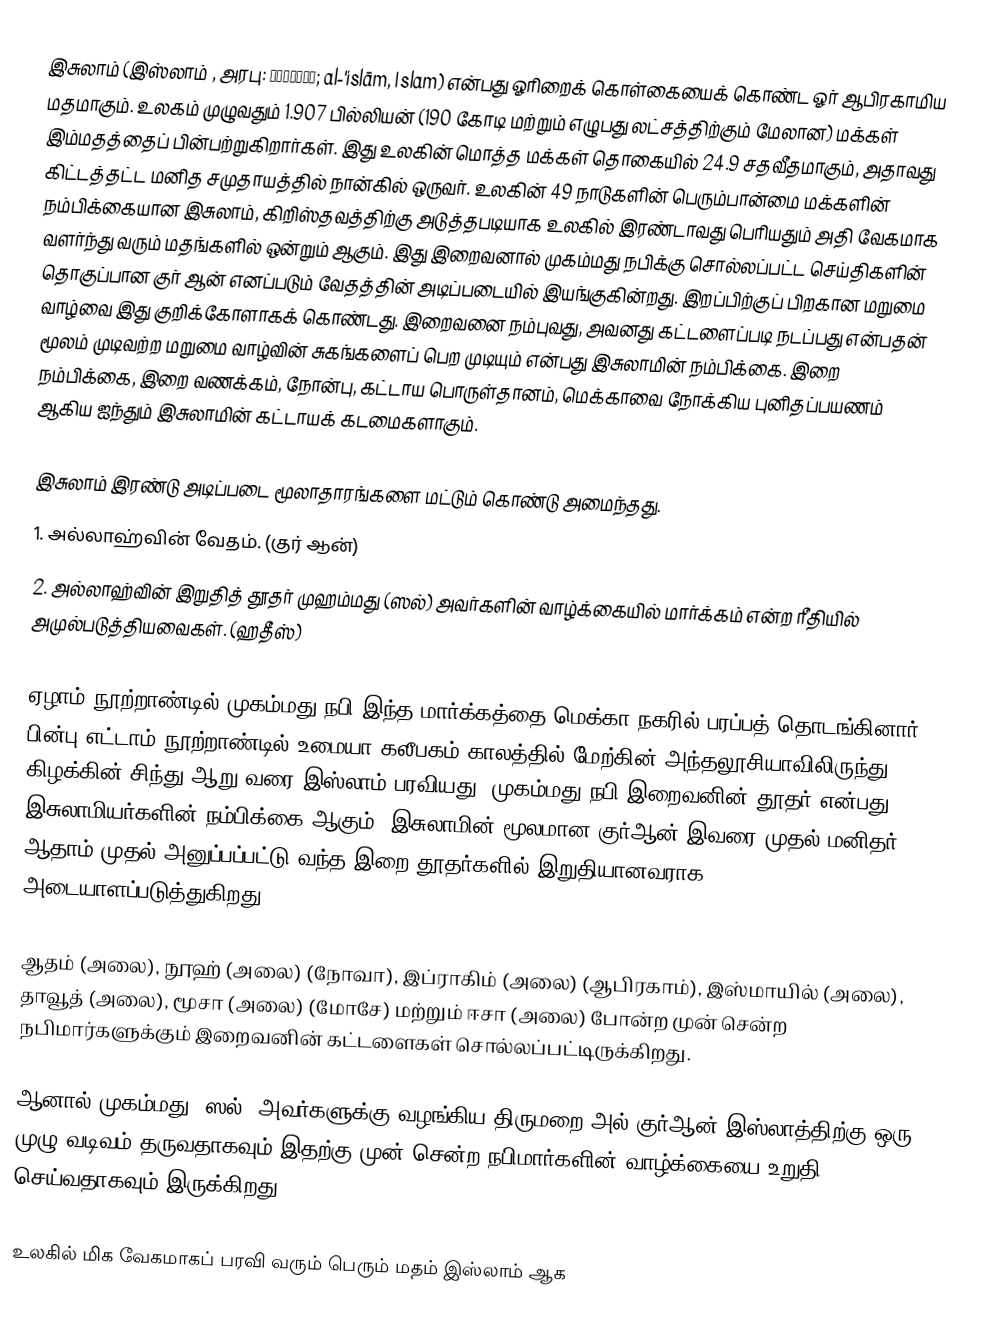
இசுலாம் (இஸ்லாம் , அரபு: الإسلام; al-'islām, Islam) என்பது ஓரிறைக் கொள்கையைக் கொண்ட ஓர்  ஆபிரகாமிய மதமாகும்.  உலகம் முழுவதும் 1.907 பில்லியன் (190 கோடி மற்றும் எழுபது லட்சத்திற்கும் மேலான) மக்கள் இம்மதத்தைப் பின்பற்றுகிறார்கள். இது உலகின் மொத்த மக்கள் தொகையில் 24.9 சதவீதமாகும், அதாவது கிட்டத்தட்ட மனித சமுதாயத்தில் நான்கில் ஒருவர். உலகின் 49 நாடுகளின் பெரும்பான்மை மக்களின் நம்பிக்கையான இசுலாம், கிறிஸ்தவத்திற்கு அடுத்தபடியாக உலகில் இரண்டாவது பெரியதும் அதி வேகமாக வளர்ந்து வரும் மதங்களில் ஒன்றும் ஆகும். இது இறைவனால் முகம்மது நபிக்கு சொல்லப்பட்ட செய்திகளின் தொகுப்பான குர் ஆன் எனப்படும் வேதத்தின் அடிப்படையில் இயங்குகின்றது. இறப்பிற்குப் பிறகான மறுமை வாழ்வை இது குறிக்கோளாகக் கொண்டது. இறைவனை நம்புவது, அவனது கட்டளைப்படி நடப்பது என்பதன் மூலம் முடிவற்ற மறுமை வாழ்வின் சுகங்களைப் பெற முடியும் என்பது இசுலாமின் நம்பிக்கை. இறை நம்பிக்கை, இறை வணக்கம், நோன்பு, கட்டாய பொருள்தானம், மெக்காவை நோக்கிய புனிதப்பயணம் ஆகிய ஐந்தும் இசுலாமின் கட்டாயக் கடமைகளாகும்.

இசுலாம் இரண்டு அடிப்படை மூலாதாரங்களை மட்டும் கொண்டு அமைந்தது.
1. அல்லாஹ்வின் வேதம். (குர் ஆன்)
2. அல்லாஹ்வின் இறுதித் தூதர் முஹம்மது (ஸல்) அவர்களின் வாழ்க்கையில் மார்க்கம் என்ற ரீதியில் அமுல்படுத்தியவைகள். (ஹதீஸ்)

ஏழாம் நூற்றாண்டில் முகம்மது நபி இந்த மார்க்கத்தை மெக்கா நகரில் பரப்பத் தொடங்கினார். பின்பு எட்டாம் நூற்றாண்டில் உமையா கலீபகம் காலத்தில் மேற்கின் அந்தலூசியாவிலிருந்து கிழக்கின் சிந்து ஆறு வரை இஸ்லாம் பரவியது. முகம்மது நபி இறைவனின் தூதர் என்பது இசுலாமியர்களின் நம்பிக்கை ஆகும். இசுலாமின் மூலமான குர்ஆன் இவரை முதல் மனிதர் ஆதாம் முதல் அனுப்பப்பட்டு வந்த இறை தூதர்களில் இறுதியானவராக அடையாளப்படுத்துகிறது.

ஆதம் (அலை), நூஹ் (அலை) (நோவா), இப்ராகிம் (அலை) (ஆபிரகாம்), இஸ்மாயில் (அலை), தாவூத் (அலை), மூசா (அலை) (மோசே) மற்றும் ஈசா (அலை) போன்ற முன் சென்ற நபிமார்களுக்கும் இறைவனின் கட்டளைகள் சொல்லப்பட்டிருக்கிறது.

ஆனால் முகம்மது (ஸல்) அவர்களுக்கு வழங்கிய திருமறை அல் குர்ஆன் இஸ்லாத்திற்கு ஒரு முழு வடிவம் தருவதாகவும் இதற்கு முன் சென்ற நபிமார்களின் வாழ்க்கையை உறுதி செய்வதாகவும் இருக்கிறது.

உலகில் மிக வேகமாகப் பரவி வரும் பெரும் மதம் இஸ்லாம் ஆக